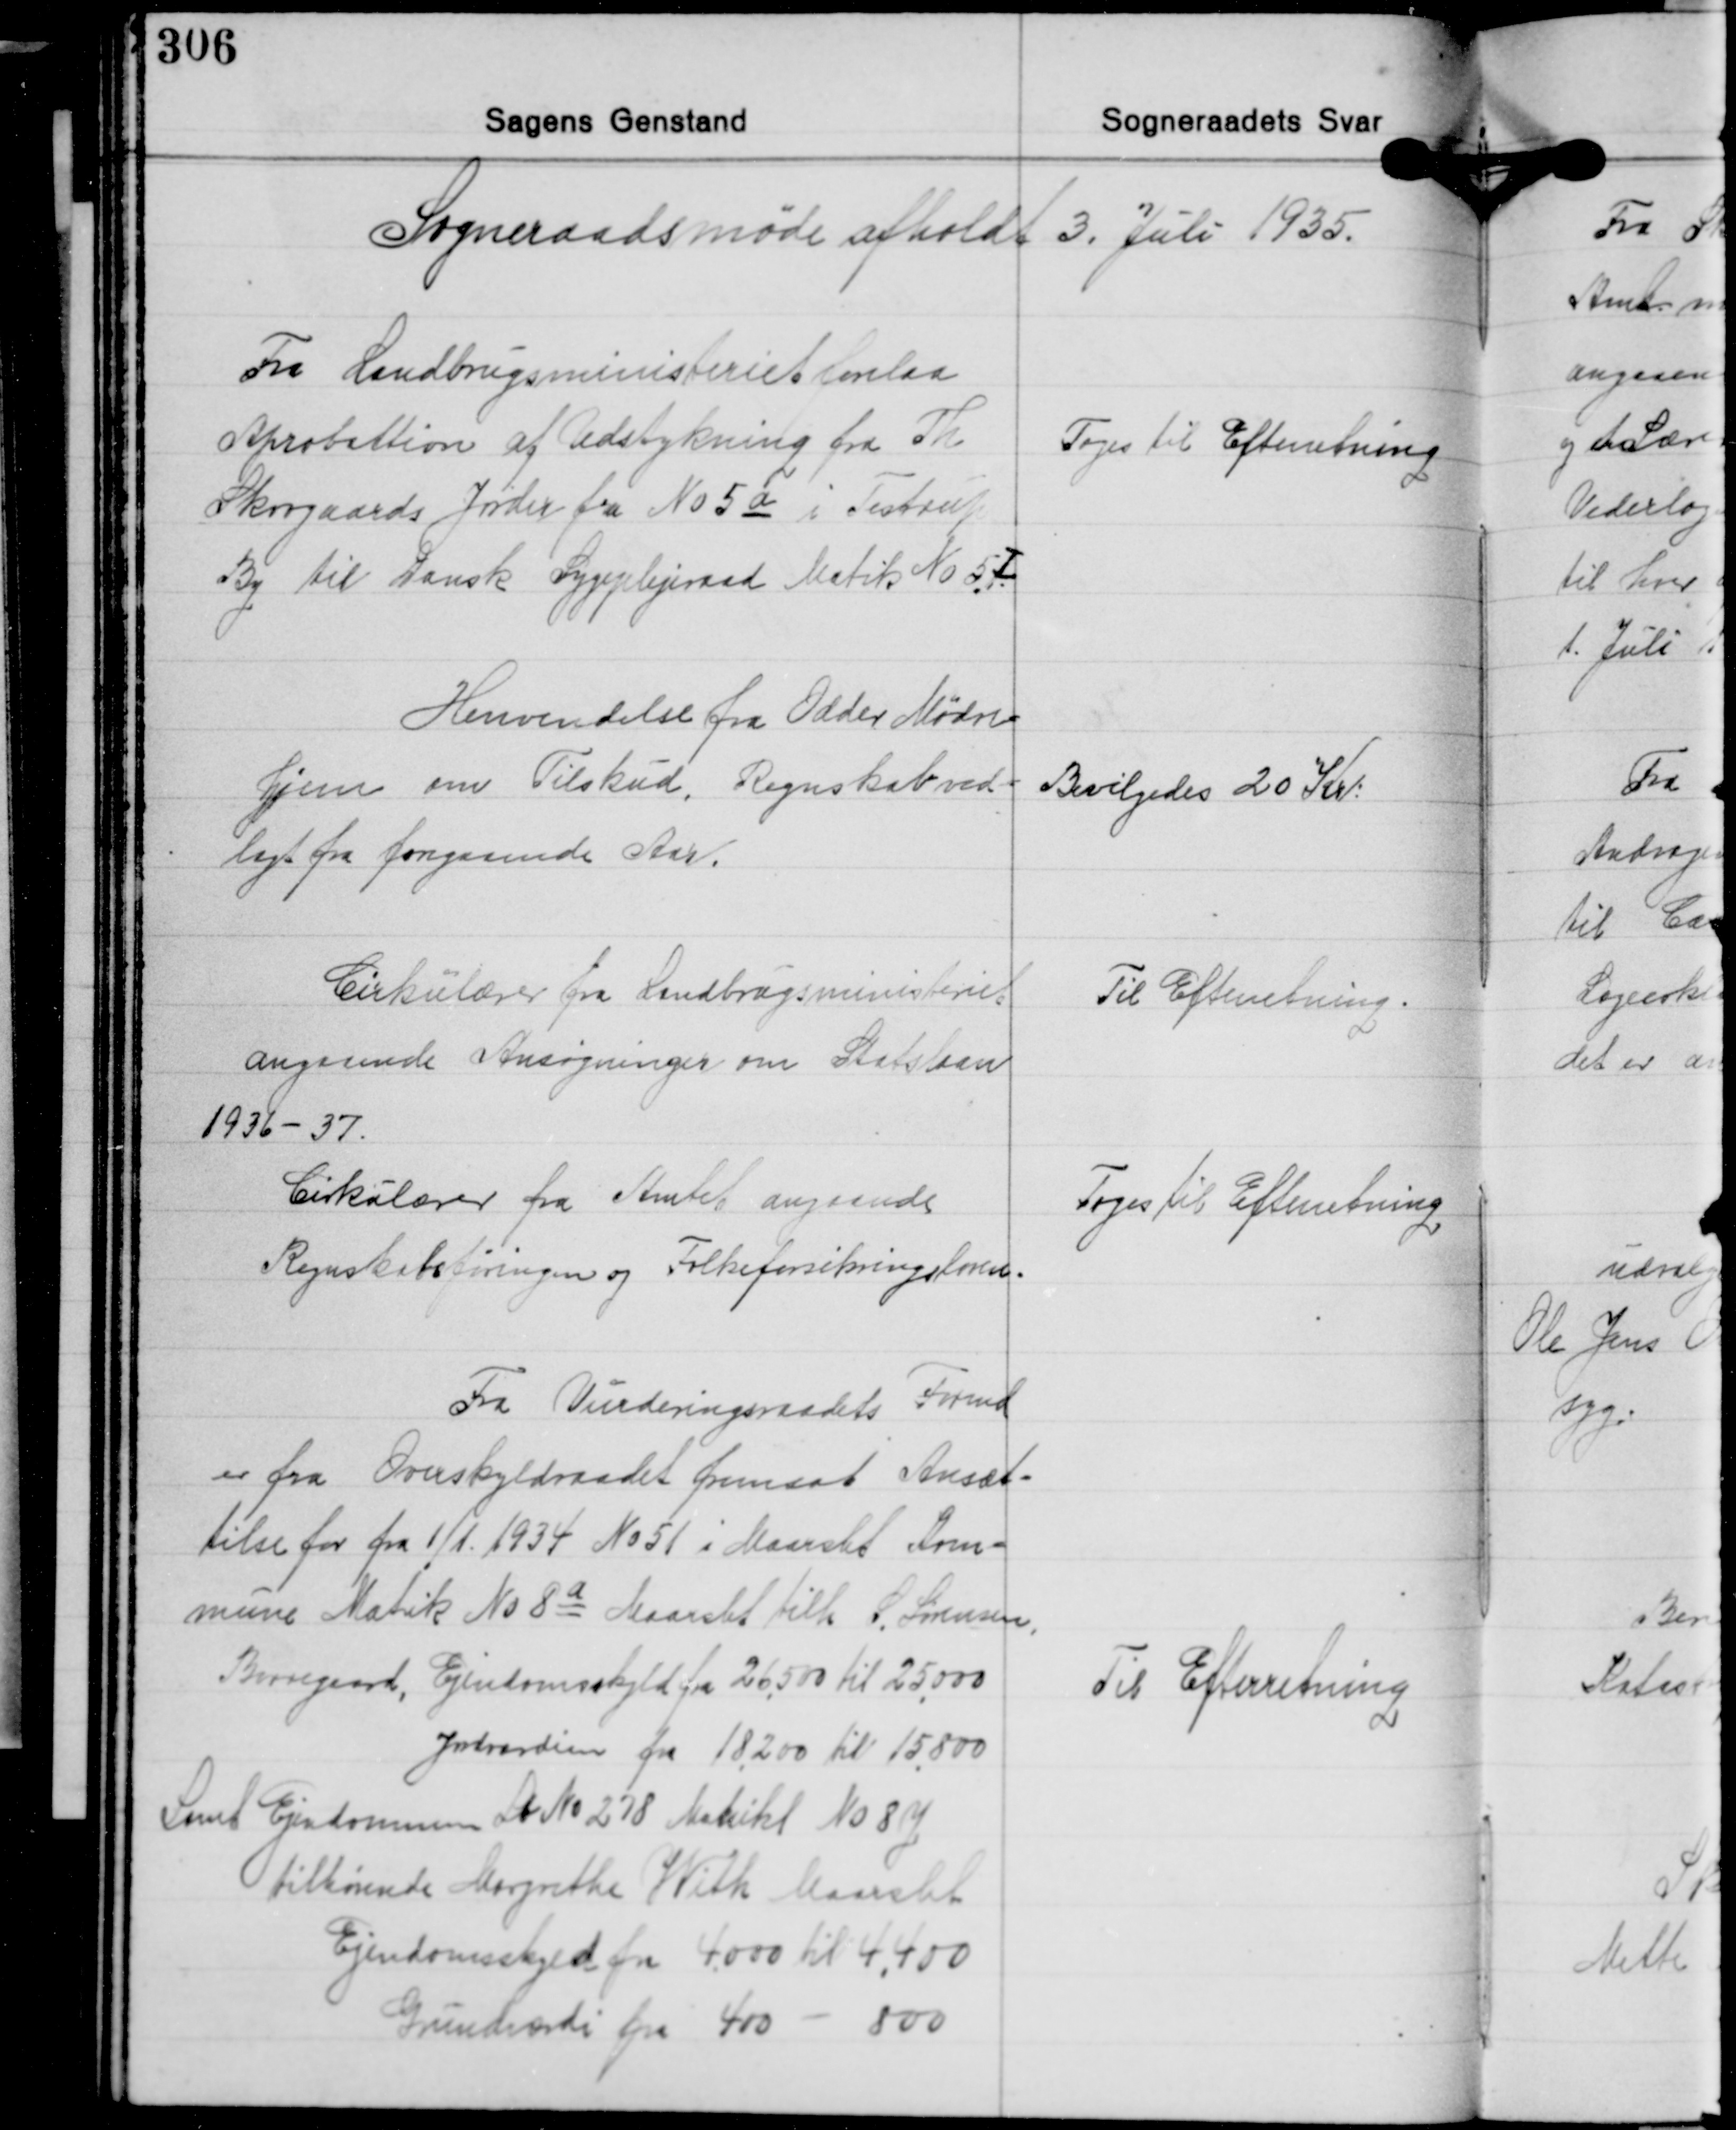
Transskription:
Sogneraadsmøde afholdt 3. Juli 1935.

Fra Landbrugsministeriet forelaa
Aprobattion af Udstykning fra Th.
Skovgaards Jorder fra No 5a i Testrup
By til Dansk Sygeplejeraad Matik No 5Ⅰ

Toges til Efterretning

Henvendelse fra Odder Mødre-
hjem om Tilskud. Regnskab ved-
lagt fra foregaaende Aar.

Bevilgedes 20 Kr.

Cirkulærer fra Landbrugsministeriet
angaaende Ansøgninger om Statslaan
1936-37.

Til Efterretning.

Cirkulærer fra Amtet angaaende
Regnskabsføringen og Folkeforsikringsloven.

Toges til Efterretning

Fra Vurderingsraadets Formd.
er fra Overskyldraadet fremsat Ansæt-
telse for fra 1/1 1934 No 51 i Maarslet Kom-
mune Matik No 8a Maarslet tilh. S. Sørensen,
Borregaard, Ejendomsskyld fra 26.500 til 25.000
Jordværdien fra 18.200 til 15.800
Samt Ejendommen Lb No 278 Matrikel No 8y
tilhørende Margrethe With Maarslet
Ejendomsskyld fra 4.000 til 4.400
Grundværdi fra 400 - 800

Til Efterretning